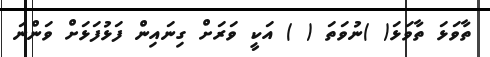
ތާވަޅަ ތާވަޅަ( )ނުވަތަ ( ) އަކީ ވަރަށް ގިނައިން ފަޅުފަޅަށް ވަންނަ